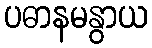
ပဓာနမနွာယ